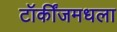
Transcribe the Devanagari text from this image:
टॉकींजमधला